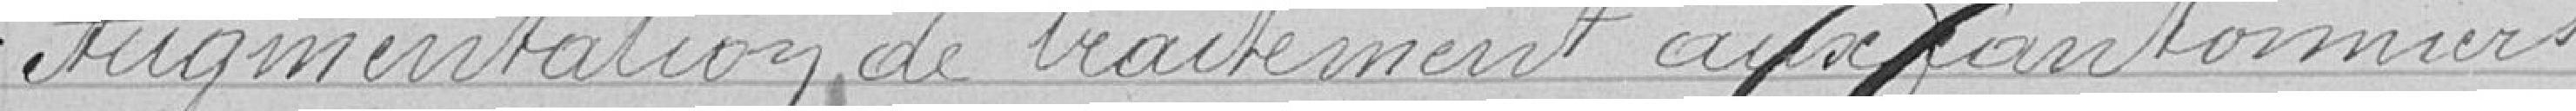
Augmentation de traitement aux cantonniers